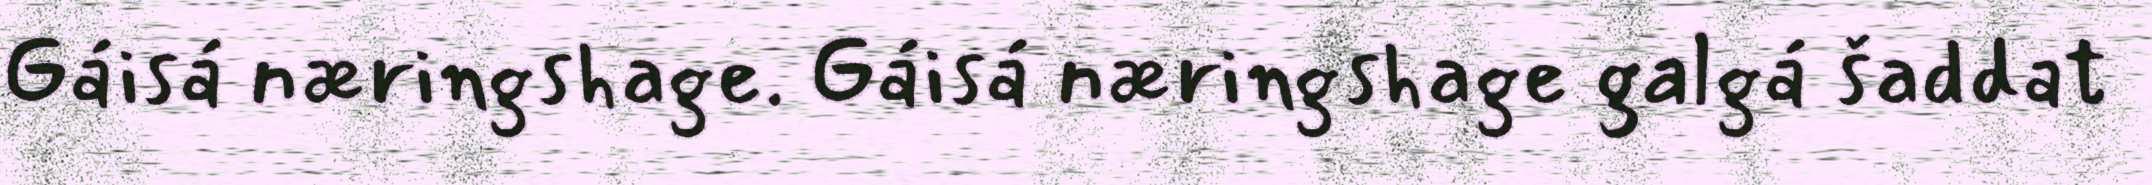
Gáisá næringshage. Gáisá næringshage galgá šaddat